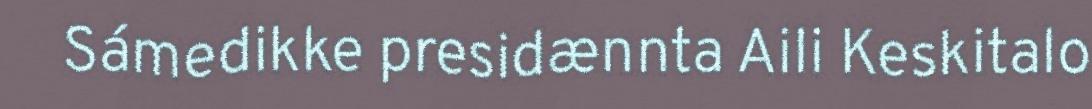
Sámedikke presidænnta Aili Keskitalo